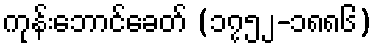
ကုန်းဘောင်ခေတ် (၁၇၅၂-၁၈၈၆)